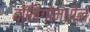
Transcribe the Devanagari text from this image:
दॉमिंगोमधील